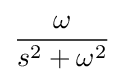
{\omega  \over s^{2}+\omega ^{2}}